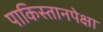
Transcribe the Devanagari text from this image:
पाकिस्तानपेक्षा